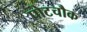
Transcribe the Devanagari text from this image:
पोटचौक